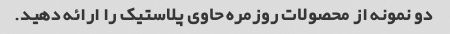
دو نمونه از محصولات روزمره حاوی پلاستیک را ارائه دهید.